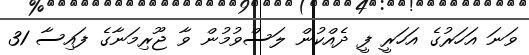
ވަނަ އަހަރުގެ އަހަރީ ފީ ދެއްކުން ލަސްވުމުން ވާ ޖޫރިމަނާގެ ފައިސާ 31